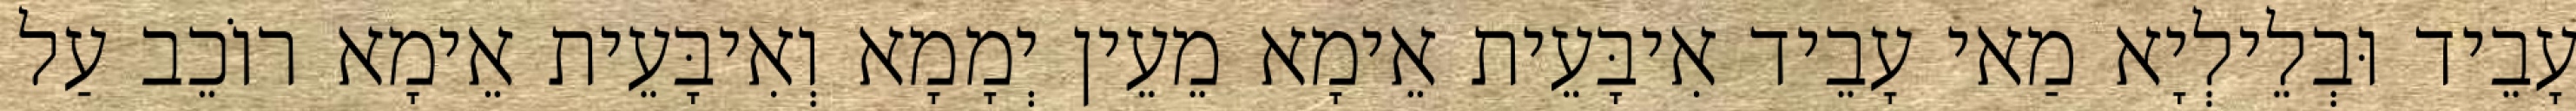
עָבֵיד וּבְלֵילְיָא מַאי עָבֵיד אִיבָּעֵית אֵימָא מֵעֵין יְמָמָא וְאִיבָּעֵית אֵימָא רוֹכֵב עַל